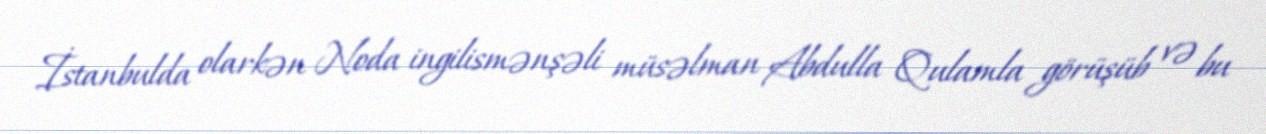
İstanbulda olarkən Noda ingilismənşəli müsəlman Abdulla Qulamla görüşüb və bu